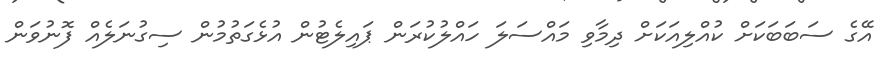
އޭގެ ސަބަބަކަށް ކުއްލިއަކަށް ދިމާވި މައްސަލަ ހައްލުކުރަން ޕައިލެޓުން އުޅެގަތުމުން ސިގުނަލެއް ފޮނުވަން